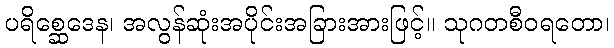
ပရိစ္ဆေဒေန၊ အလွန်ဆုံးအပိုင်းအခြားအားဖြင့်။ သုဂတစီဝရတော၊